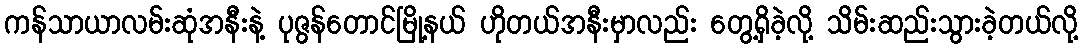
ကန်သာယာလမ်းဆုံအနီးနဲ့ ပုဇွန်တောင်မြို့နယ် ဟိုတယ်အနီးမှာလည်း တွေ့ရှိခဲ့လို့ သိမ်းဆည်းသွားခဲ့တယ်လို့